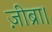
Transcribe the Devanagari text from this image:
ज़ीब्रा।